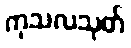
ကုသလသုတ်